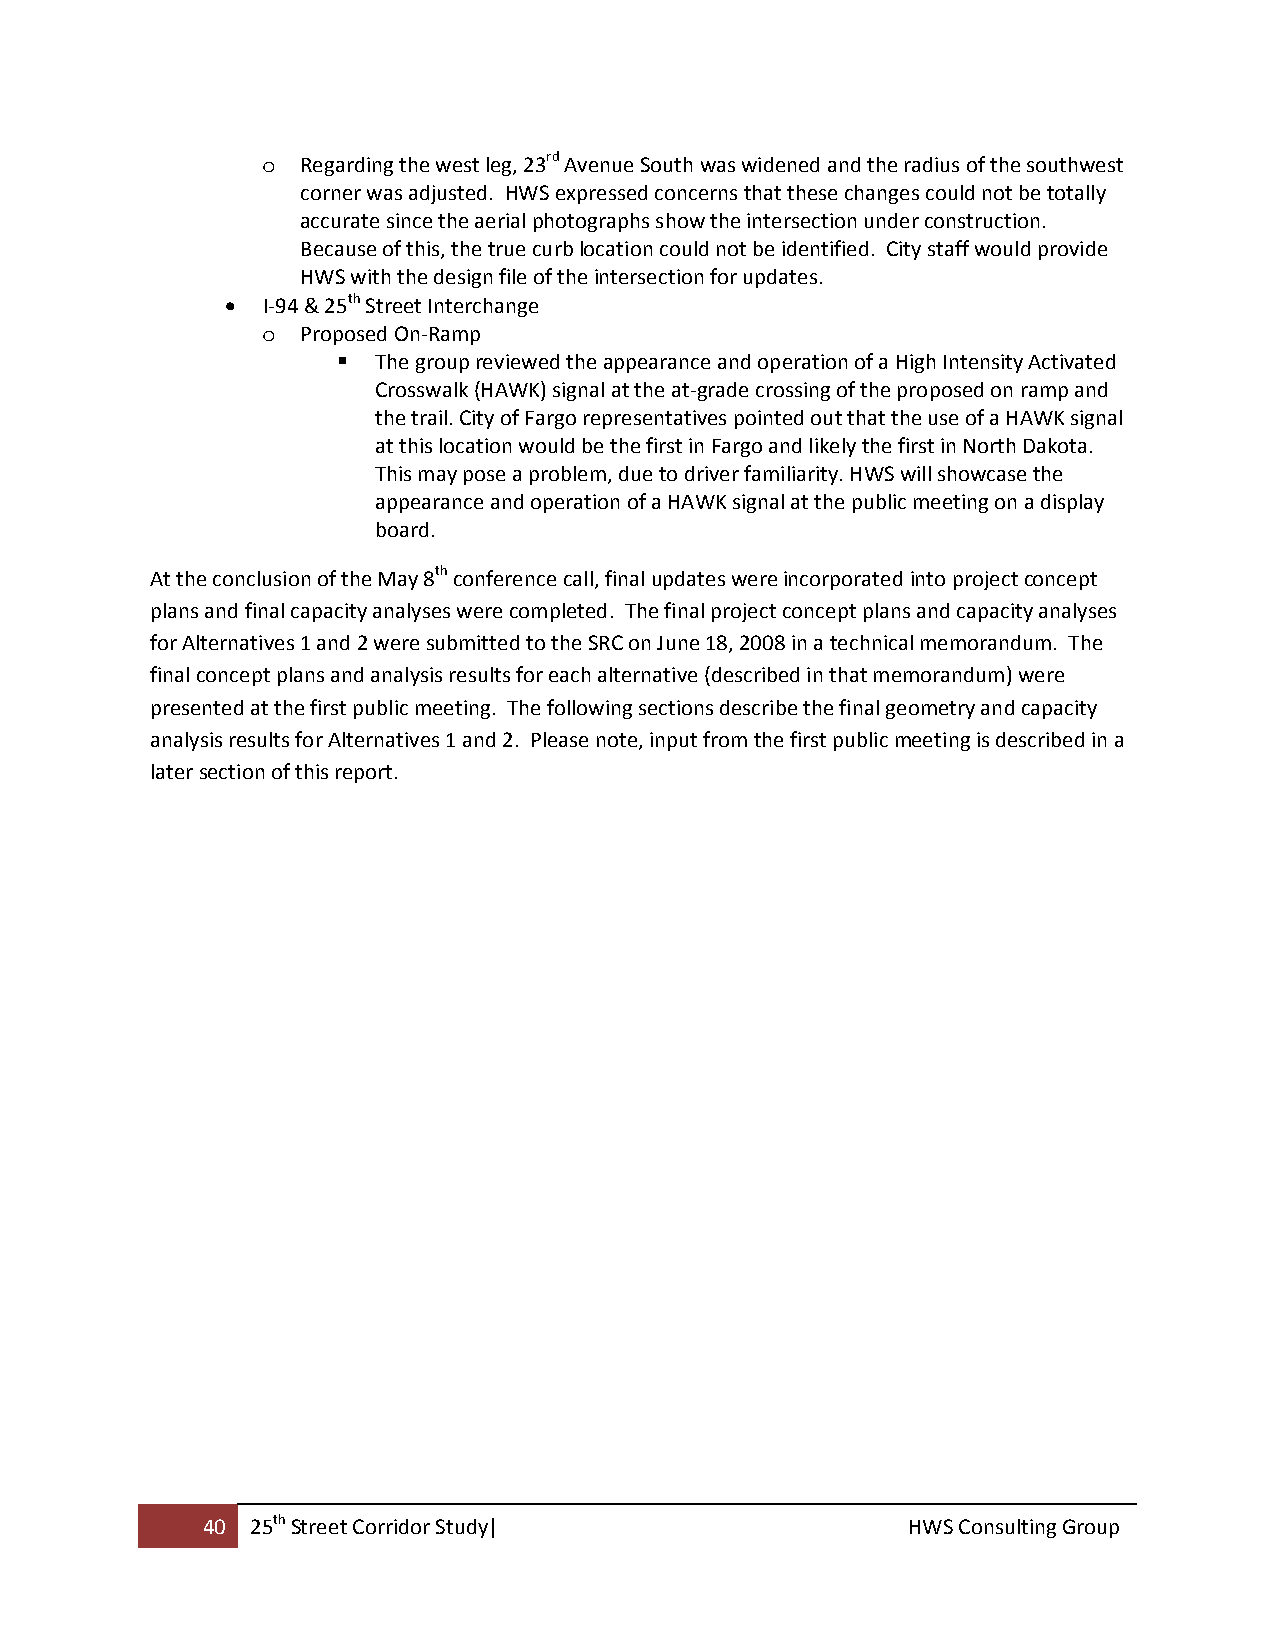
o  Regarding the west leg, 23rd Avenue South was widened and the radius of the southwest
 corner was adjusted. HWS expressed concerns that these changes could not be totally
 accurate since the aerial photographs show the intersection under construction.
 Because of this, the true curb location could not be identified. City staff would provide
 HWS with the design file of the intersection for updates.
  I‐94 & 25th Street Interchange
 o  Proposed On‐Ramp
   The group reviewed the appearance and operation of a High Intensity Activated
 Crosswalk (HAWK) signal at the at‐grade crossing of the proposed on ramp and
 the trail. City of Fargo representatives pointed out that the use of a HAWK signal
 at this location would be the first in Fargo and likely the first in North Dakota.
 This may pose a problem, due to driver familiarity. HWS will showcase the
 appearance and operation of a HAWK signal at the public meeting on a display
 board.
 At the conclusion of the May 8th conference call, final updates were incorporated into project concept
 plans and final capacity analyses were completed. The final project concept plans and capacity analyses
 for Alternatives 1 and 2 were submitted to the SRC on June 18, 2008 in a technical memorandum. The
 final concept plans and analysis results for each alternative (described in that memorandum) were
 presented at the first public meeting. The following sections describe the final geometry and capacity
 analysis results for Alternatives 1 and 2. Please note, input from the first public meeting is described in a
 later section of this report.
 40  25th Street Corridor Study|                HWS Consulting Group